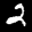
Label: 2